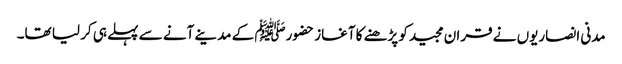
مدنی انصاریوں نے قران مجیدکو پڑھنے کا آغاز حضورﷺ کے مدینے آنے سے پہلے ہی کر لیا تھا۔